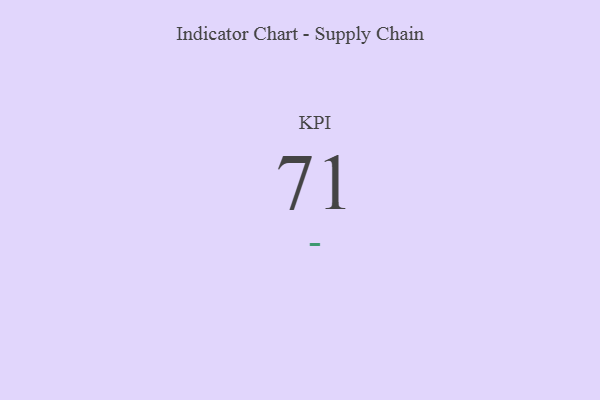
{"axis": {"x": "KPI", "y": "Value"}, "legend": [""], "data": [{"x": "KPI", "y": 71, "type": ""}]}